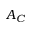
A _ { C }